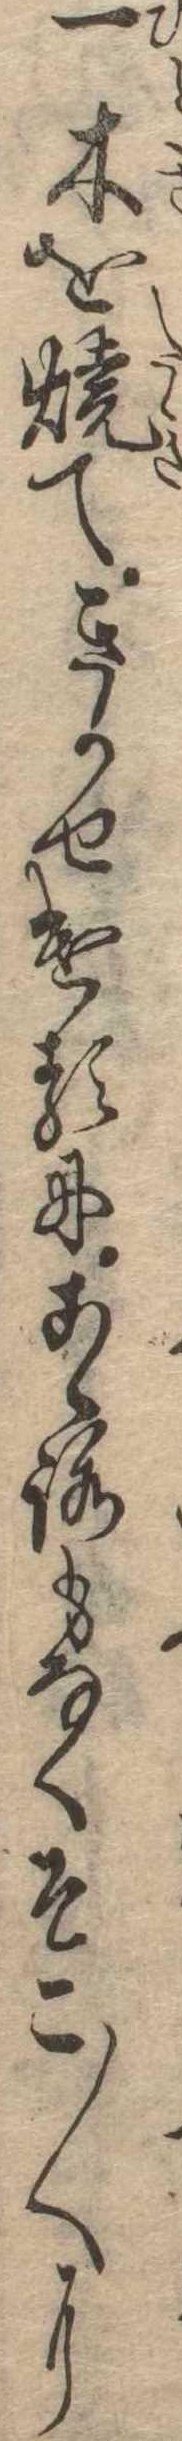
一木を焼てきかせけるにこゝろもなくそこ〱に